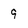
Character: 9